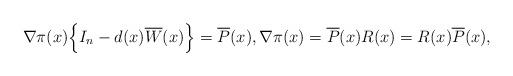
LaTeX: \begin{align*} \nabla\pi(x)\Bigl\{I_n-d(x)\overline{W}(x)\Bigr\} = \overline{P}(x), \nabla\pi(x) = \overline{P}(x)R(x) = R(x)\overline{P}(x), \end{align*}